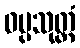
ဝပ္ပသုတ္တံ